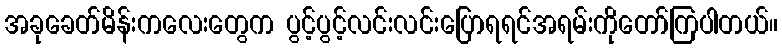
အခုခေတ်မိန်းကလေးတွေက ပွင့်ပွင့်လင်းလင်းပြောရရင်အရမ်းကိုတော်ကြပါတယ်။